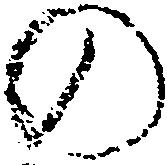
の